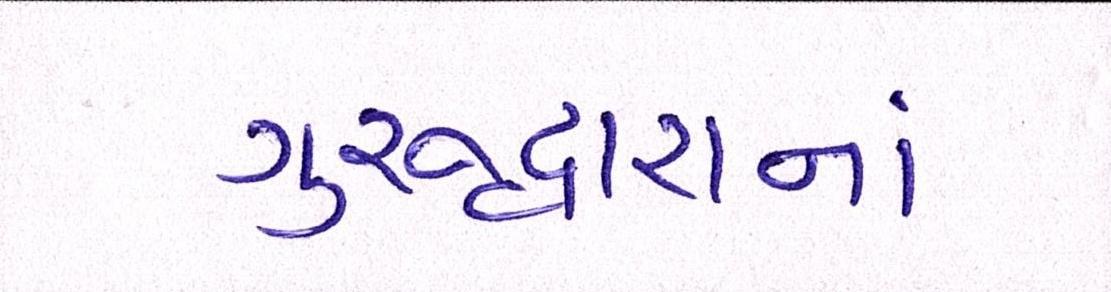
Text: ગુરુદ્વારાનાં